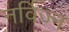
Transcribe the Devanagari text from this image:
नर्विज्न